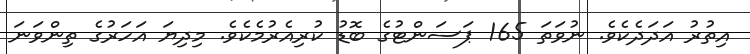
އިތުރު އަދަދެކެވެ. ނުވަތަ 165 ޕަސަންޓުގެ ބޮޑު ކުރިއެރުމެކެވެ. މިދިޔަ އަހަރުގެ ތިންވަނަ